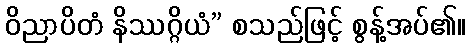
ဝိညာပိတံ နိဿဂ္ဂိယံ” စသည်ဖြင့် စွန့်အပ်၏။